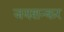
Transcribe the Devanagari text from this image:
जयशन्कर